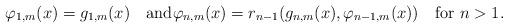
LaTeX: \begin{gather*}\varphi_{1,m}(x)=g_{1,m}(x)\quad\mbox{and}\varphi_{n,m}(x)=r_{n-1}(g_{n,m}(x),\varphi_{n-1,m}(x)) \quad\mbox{for $n>1$}.\end{gather*}